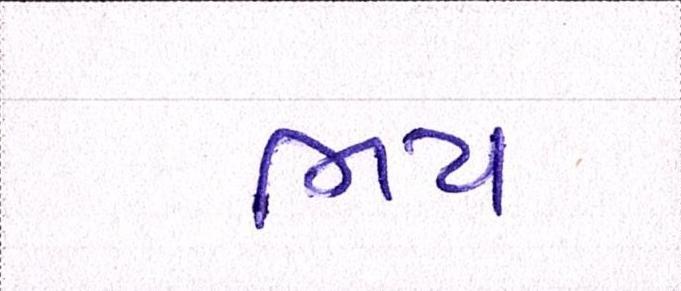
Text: ભય